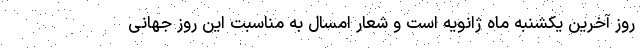
روز آخرین یکشنبه ماه ژانویه است و شعار امسال به مناسبت این روز جهانی